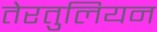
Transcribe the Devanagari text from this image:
तेरतुलियन